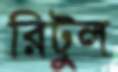
রিটুল